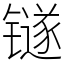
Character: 𬭼